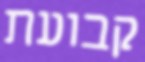
קבועת